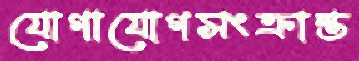
যোগাযোগসংক্রান্ত